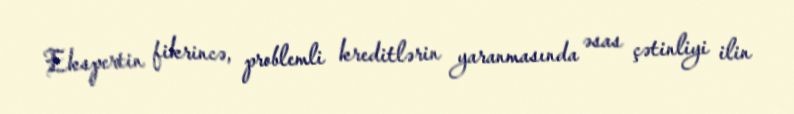
Ekspertin fikrincə, problemli kreditlərin yaranmasında əsas çətinliyi ilin